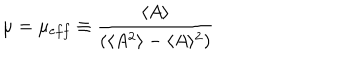
\mu = \mu _ { e f f } \equiv \frac { \langle A \rangle } { ( \langle A ^ { 2 } \rangle - \langle A \rangle ^ { 2 } ) }